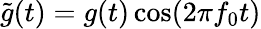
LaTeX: \tilde{g}(t)=g(t)\cos(2\pi f_{0}t)